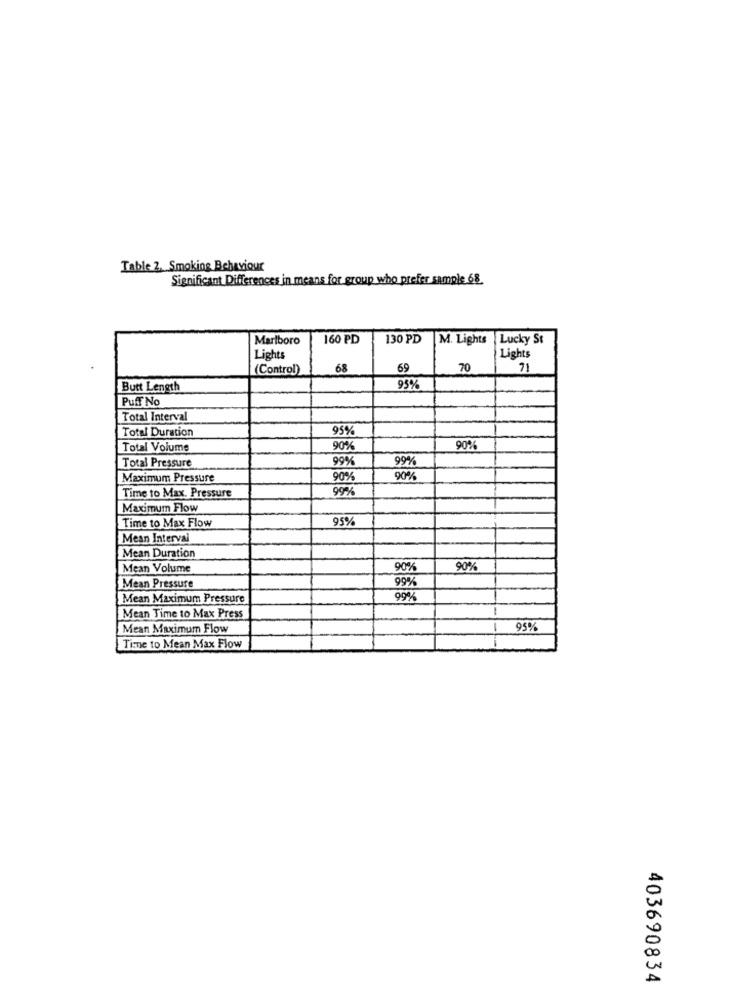
Table Z. Smoking Behaviour
Significant Differences in means for group who prefer sample 68
Marlboro
160 PD
130 PD
M. Lights Lucky St
Lights
Lights
(Control)
68
69
70
71
Butt Length
95%
Puff No
Total Interval
Total Duration
95%
Total Volume
90%
90%
Total Pressure
99%
99%
Maximum Pressure
90%
90%
99%
Time to Max. Pressure
Maximum Flow
Time to Max Flow
95%
Mean Interval
Mean Duration
Mean Volume
90%
90%
99%
Mean Pressure
Mean Maximum Pressure
99%
-
Mean Time to Max Press
Mean Maximum Flow
1
95%
Time to Mean Max Flow
403690834